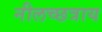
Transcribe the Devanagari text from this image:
नीलच्छत्राय